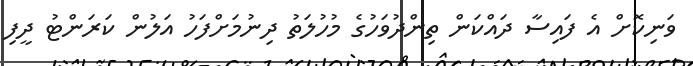
ވަނިކޮށް އެ ފައިސާ ދައްކަން ތިންދުވަހުގެ މުހުލަތު ދިނުމަށްފަހު އަލުން ކަރަންޓު ދީފި